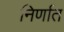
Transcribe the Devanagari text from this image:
निर्णात